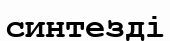
синтезді